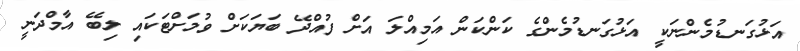
އަޅުގަނޑުމެންނަކީ އަޅުގަނޑުމެންގެ ކަންކަން އަމިއްލަ އަށް ފުއްދޭ ބަޔަކަށް ވުމަށްޓަކައި ލިބޭ އާމްދަނީ